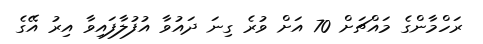
ރަހްމާންގެ މައްޗަށް 70 އަށް ވުރެ ގިނަ ދައުވާ އުފުލާފައިވާ އިރު އޭގެ